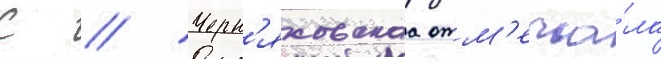
С // Черн'яховскаа отм'еча́ла